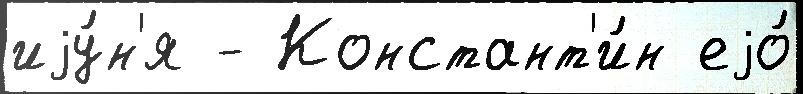
иjу́н'я - Констант'и́н еjо́